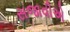
સજાવીએ